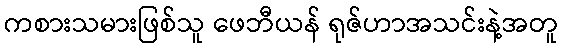
ကစားသမားဖြစ်သူ ဖေဘီယန် ရုဇ်ဟာအသင်းနဲ့အတူ